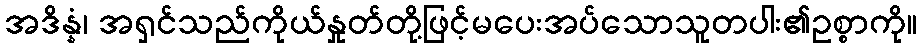
အဒိန္နံ၊ အရှင်သည်ကိုယ်နှုတ်တို့ဖြင့်မပေးအပ်သောသူတပါး၏ဥစ္စာကို။